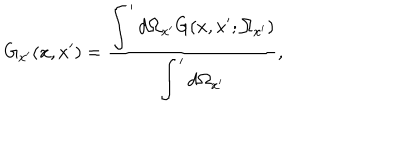
G _ { x ^ { \prime } } ( x , x ^ { \prime } ) = \frac { \displaystyle \int ^ { \prime } d \Omega _ { x ^ { \prime } } G ( x , x ^ { \prime } ; \Omega _ { x ^ { \prime } } ) } { \displaystyle \int ^ { \prime } d \Omega _ { x ^ { \prime } } } ,